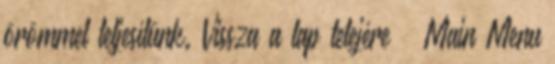
örömmel teljesítünk. Vissza a lap tetejére — Main Menu